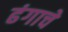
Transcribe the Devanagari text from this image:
ढंगाचे